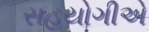
સહયોગીએ